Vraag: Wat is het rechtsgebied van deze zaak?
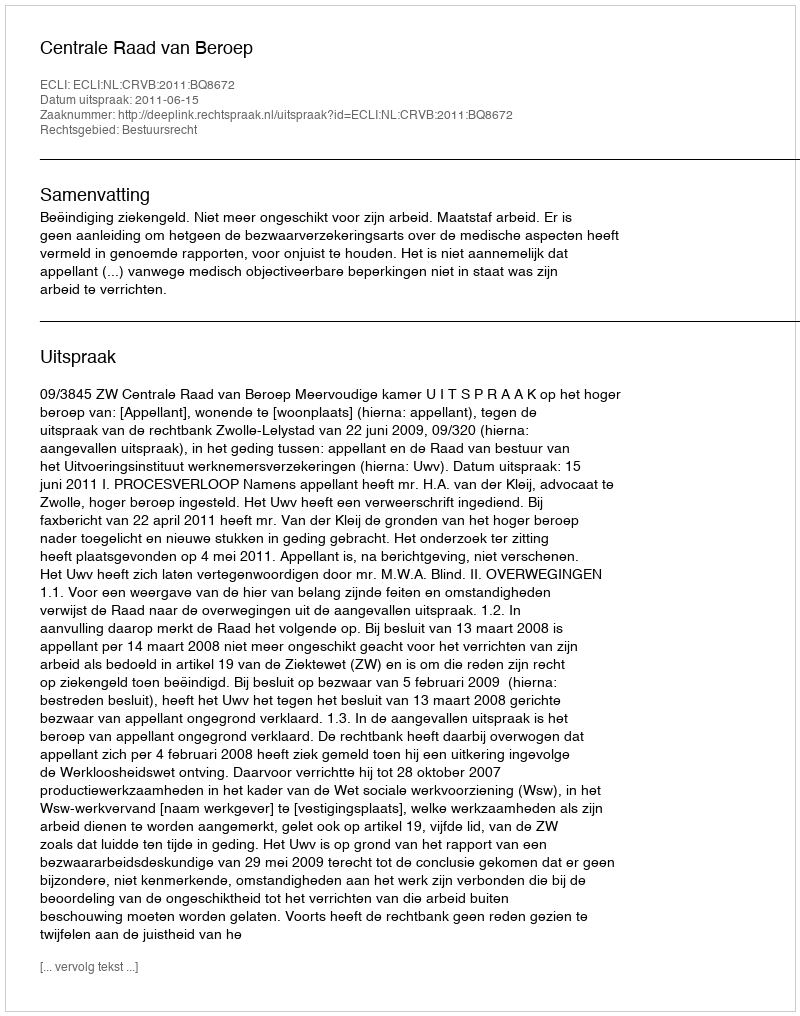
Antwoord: Bestuursrecht